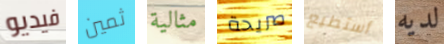
فيديو ثمين مثالية صريحة أستطيع لديه